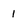
Character: 1